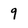
Character: 9